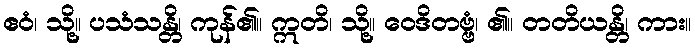
ဧဝံ၊ သို့။ ပသံသန္တိ၊ ကုန်၏။ ဣတိ၊ သို့။ ဝေဒိတဗ္ဗံ၊ ၏။ တတိယန္တိ၊ ကား။